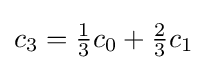
{\textstyle c_{3}={1 \over 3}c_{0}+{2 \over 3}c_{1}}